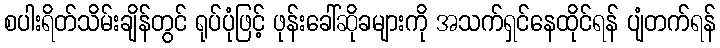
စပါးရိတ်သိမ်းချိန်တွင် ရုပ်ပုံဖြင့် ဖုန်းခေါ်ဆိုခများကို အသက်ရှင်နေထိုင်ရန် ပျံတက်ရန်